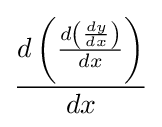
{\frac {d\left({\frac {d\left({\frac {dy}{dx}}\right)}{dx}}\right)}{dx}}